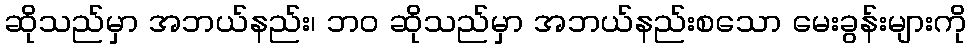
ဆိုသည်မှာ အဘယ်နည်း၊ ဘဝ ဆိုသည်မှာ အဘယ်နည်းစသော မေးခွန်းများကို